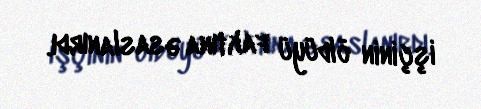
işçinin öldüyü faktına əsaslanırdı.